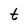
Character: t